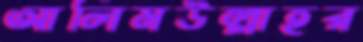
আলিমউল্লাহর